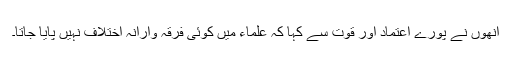
انھوں نے پورے اعتماد اور قوت سے کہا کہ علماء میں کوئی فرقہ وارانہ اختلاف نہیں پایا جاتا۔